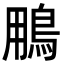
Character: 𩿾